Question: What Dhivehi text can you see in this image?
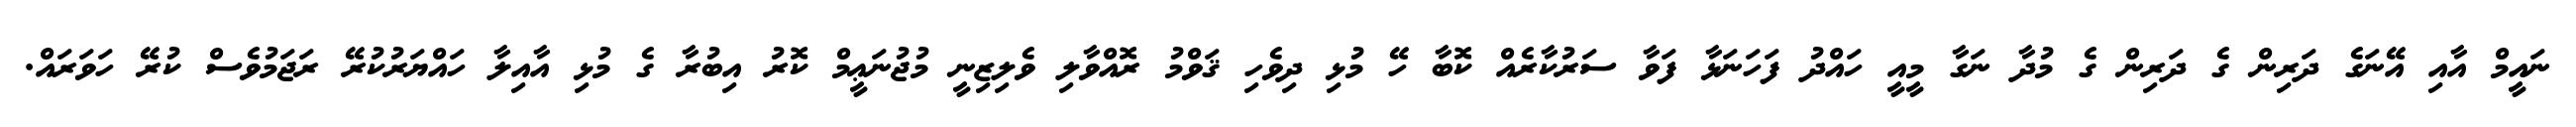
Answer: ނައީމް އާއި އޭނަގެ ދަރިން ގެ ދަރިން ގެ މުދާ ނަގާ މީއީ ހައްދު ފަހަނަޅާ ފަވާ ސަރުކާރެއް ކޮބާ ހޭ މުޅި ދިވެހި ޤަވްމު ރޮއްވާލި ވެލިޒިނީ މުޖުނަޢީމް ކޮރު އިބުރާ ގެ މުޅި އާއިލާ ހައްޔަރުކުރޭ ރަޖަމުވެސް ކުރޭ ހަވަރައް.